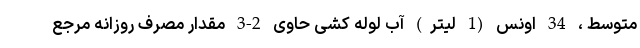
متوسط ، 34 اونس (1 لیتر) آب لوله کشی حاوی 2-3 مقدار مصرف روزانه مرجع